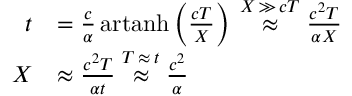
{ \begin{array} { r l } { t } & { = { \frac { c } { \alpha } } \operatorname { a r t a n h } \left( { \frac { c T } { X } } \right) \; { \overset { X \, \gg \, c T } { \approx } } \; { \frac { c ^ { 2 } T } { \alpha X } } } \\ { X } & { \approx { \frac { c ^ { 2 } T } { \alpha t } } \; { \overset { T \, \approx \, t } { \approx } } \; { \frac { c ^ { 2 } } { \alpha } } } \end{array} }